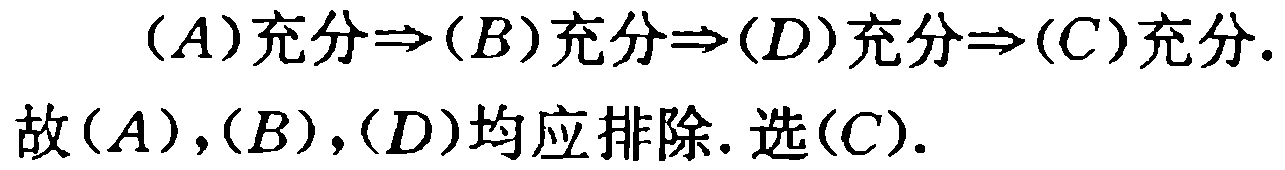
\((A)\)充分\(\Rightarrow(B)\)充分\(\Rightarrow(D)\)充分\(\Rightarrow(C)\)充分.
故\((A),(B),(D)\)均应排除. 选\((C)\).